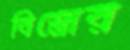
বিস্ত্রোর